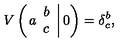
V \left( \left. a \begin{array} { c } { b } \\ { c } \\ \end{array} \right| 0 \right) = \delta _ { c } ^ { b } ,